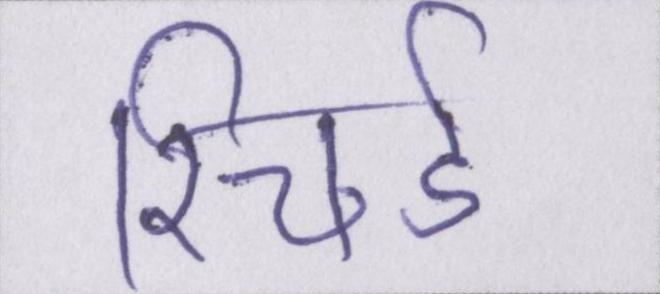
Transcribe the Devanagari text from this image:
रिचर्ड